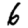
Digit: 6